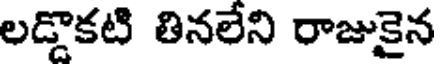
లడ్డొకటి తినలేని రాజుకైన